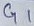
Text: G1